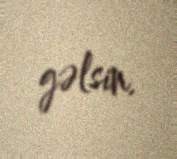
gəlsin.